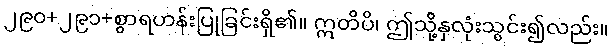
၂၉၀+၂၉၁+စွာရဟန်းပြုခြင်းရှိ၏။ ဣတိပိ၊ ဤသို့နှလုံးသွင်း၍လည်း။